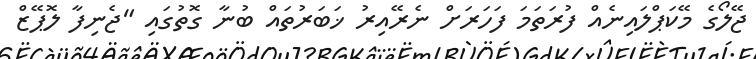
ޖޭލޯގެ މޭކަޕްލައިނެއް ފުރަތަމަ ފަހަރަށް ނެރޭއިރު ޚަބަރުތައް ބުނާ ގޮތުގައި "ޖެނިފާ ލޮޕޭޒް